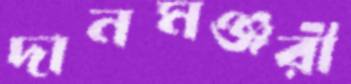
দানমঞ্জরী